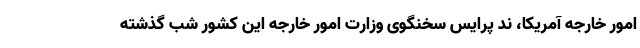
امور خارجه آمریکا، ند پرایس سخنگوی وزارت امور خارجه این کشور شب گذشته